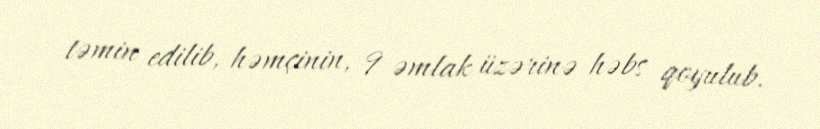
təmin edilib, həmçinin, 9 əmlak üzərinə həbs qoyulub.